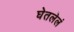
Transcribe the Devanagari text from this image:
घेतलेलं